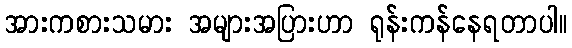
အားကစားသမား အများအပြားဟာ ရုန်းကန်နေရတာပါ။